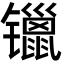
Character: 镴